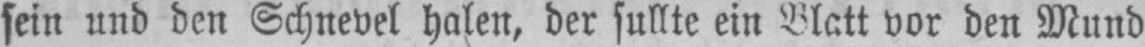
sein und den Schnevel halen, der sullte ein Blatt vor den Mund